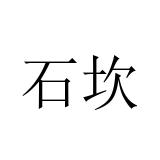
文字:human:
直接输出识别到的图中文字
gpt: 石坎